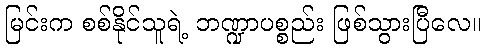
မြင်းက စစ်နိုင်သူရဲ့ ဘဏ္ဍာပစ္စည်း ဖြစ်သွားပြီလေ။